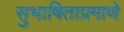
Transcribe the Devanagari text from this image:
सुभाषिताप्रमाणे